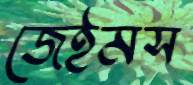
জেইমস